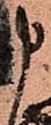
申